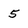
Character: 5